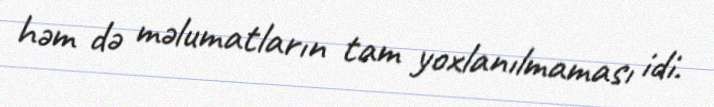
həm də məlumatların tam yoxlanılmaması idi.